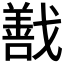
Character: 𭟽